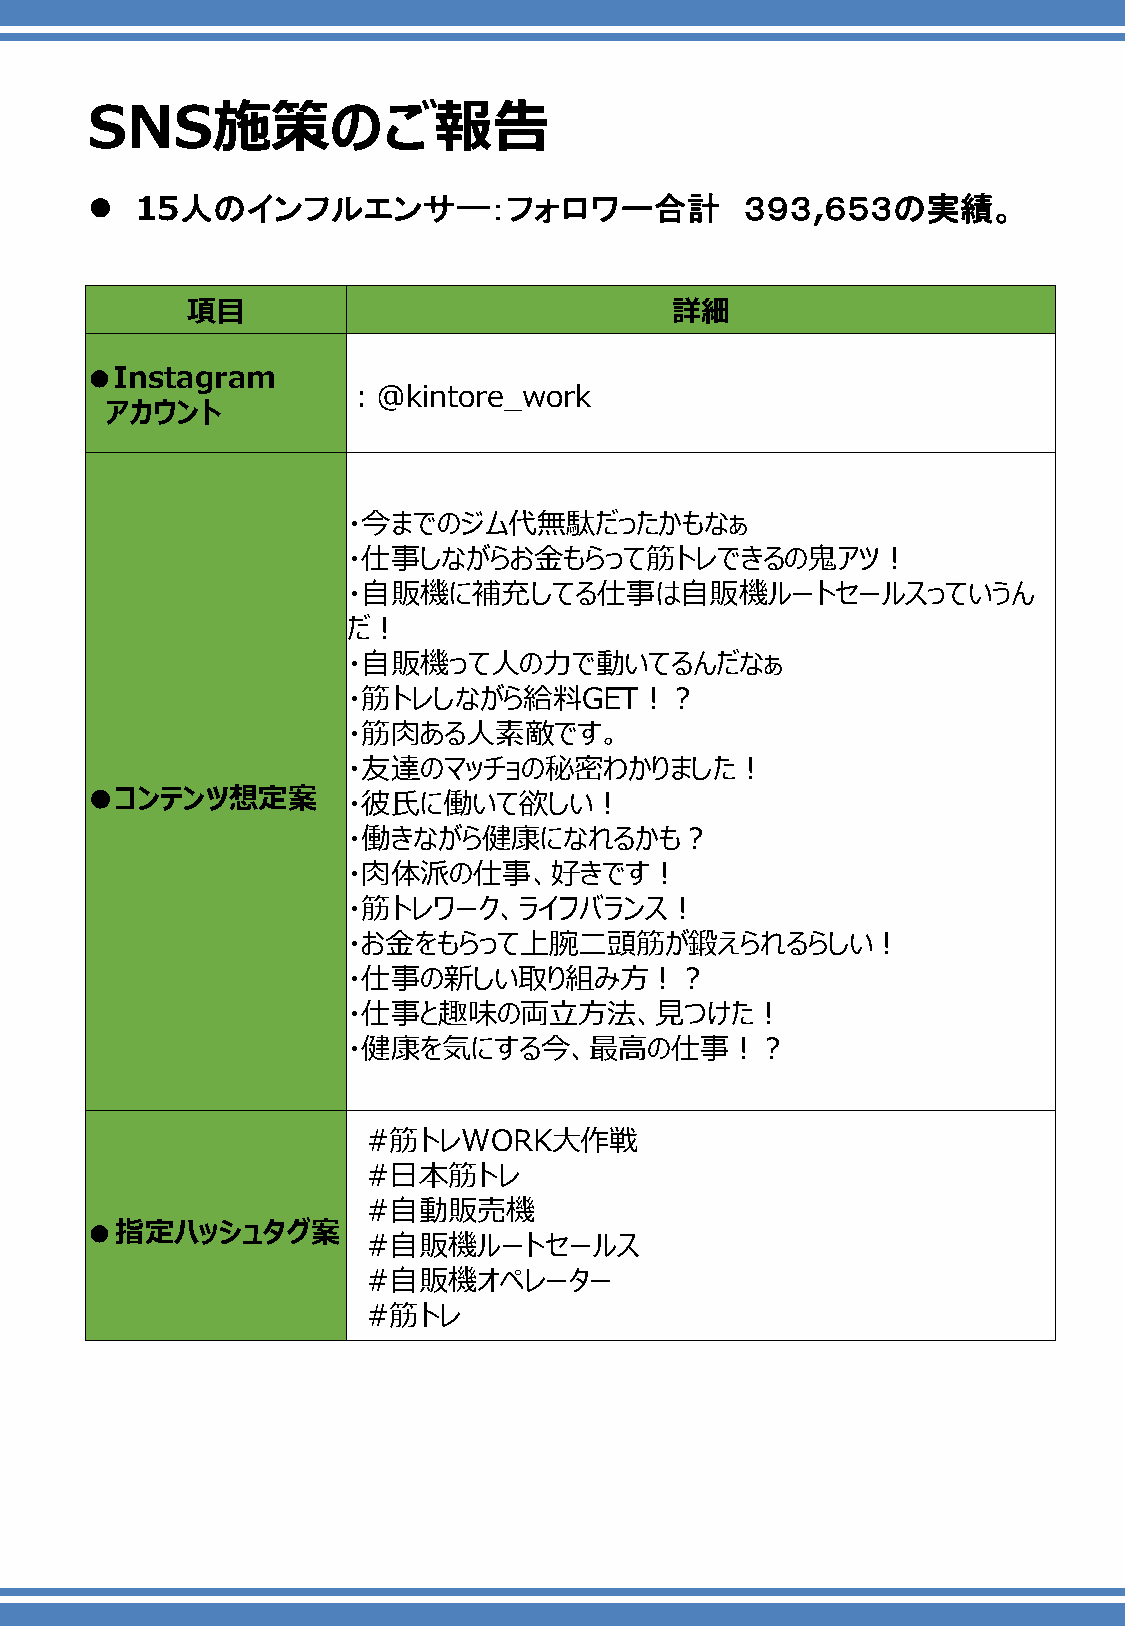
SNS施策のご報告
 ⚫  15人のインフルエンサ―：フォロワー合計                    ３９３,６５３の実績。
 項目                              詳細
 ●Instagram
 ：@kintore_work
 アカウント
 ・今までのジム代無駄だったかもなぁ
 ・仕事しながらお金もらって筋トレできるの鬼アツ！
 ・自販機に補充してる仕事は自販機ルートセールスっていうん
 だ！
 ・自販機って人の力で動いてるんだなぁ
 ・筋トレしながら給料GET！？
 ・筋肉ある人素敵です。
 ・友達のマッチョの秘密わかりました！
 ●コンテンツ想定案        ・彼氏に働いて欲しい！
 ・働きながら健康になれるかも？
 ・肉体派の仕事、好きです！
 ・筋トレワーク、ライフバランス！
 ・お金をもらって上腕二頭筋が鍛えられるらしい！
 ・仕事の新しい取り組み方！？
 ・仕事と趣味の両立方法、見つけた！
 ・健康を気にする今、最高の仕事！？
 #筋トレWORK大作戦
 #日本筋トレ
 #自動販売機
 ●指定ハッシュタグ案
 #自販機ルートセールス
 #自販機オペレーター
 #筋トレ